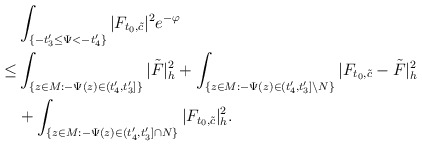
\begin{align*}&\int_{ \{-t'_3\le\Psi<-t'_4\}}|F_{t_0,\tilde{c}}|^2e^{-\varphi}\\\le & \int_{\{z\in M:-\Psi(z)\in (t'_4,t'_3]\}}|\tilde F|^2_h+\int_{\{z\in M:-\Psi(z)\in (t'_4,t'_3]\backslash N\}}|F_{t_0,\tilde{c}}-\tilde F|^2_h\\&+\int_{ \{z\in M: -\Psi(z)\in(t'_4,t'_3]\cap N\}}|F_{t_0,\tilde{c}}|^2_h.\end{align*}